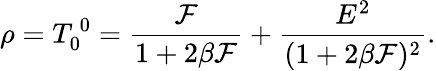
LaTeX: \rho=T_{0}^{~0}=\frac{{\cal F}}{1+2\beta{\cal F}}+\frac{E^{2}}{(1+2\beta{\cal F})^{2}}.